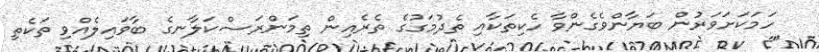
ހަމަކަށަވަރުން ބަޔާންވެގެންވާ ހެކިތަކާއި ތެދުމަގުގެ ތެރެއިން ތިމަންރަސްކަލާނގެ ބާވައިލެއްވި ތަކެތި